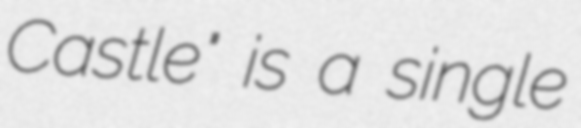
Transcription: Castle" is a single